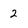
Character: 2